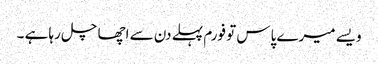
ویسے میرے پاس تو فورم پہلے دن سے اچھا چل رہا ہے ۔